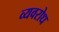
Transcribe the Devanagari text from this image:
व्यवरोध